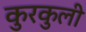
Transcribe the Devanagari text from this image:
कुरकुली